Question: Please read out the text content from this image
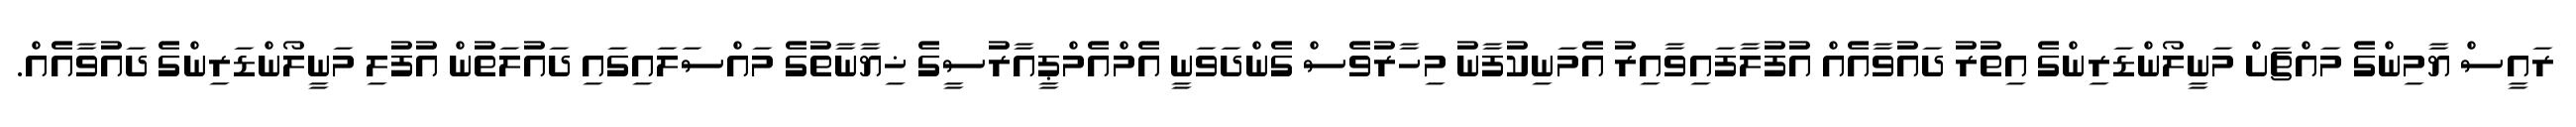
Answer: ރައީސް ޔާމިންގެ މައްޗަށް މަނީލޯންޑަރިންގެ އިތުރު ދައުވާއެއް އުފުލާފައިވާއިރު އެމަނިކުފާނު މިހާރުވެސް ގެންދަވަނީ އެމްއެމްޕީއާރުސީގެ ޚިޔާނާތުގެ މައްސަލައިގައި ދައުލަތުން އުފުލި މަނީލޯންޑަރިންގެ ދައުވާއެއް.